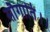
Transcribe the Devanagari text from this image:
सौगाति।।